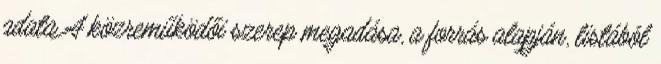
adata A közreműködői szerep megadása, a forrás alapján, listából